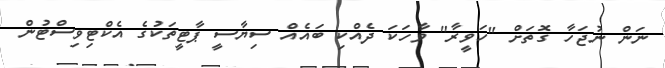
ނަން ނުޖަހާ ގޮތަށް "ހަވީރާ" ވާހަކަ ދެއްކި ބައެއް ސިޔާސީ ޕާޓީތަކުގެ އެކްޓިވިސްޓުން